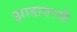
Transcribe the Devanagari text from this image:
झाडावरती